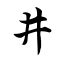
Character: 井